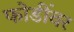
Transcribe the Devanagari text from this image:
फोडींवर